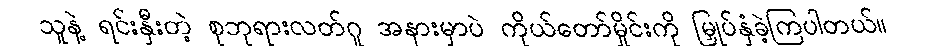
သူနဲ့ ရင်းနှီးတဲ့ စုဘုရားလတ်ဂူ အနားမှာပဲ ကိုယ်တော်မှိုင်းကို မြှုပ်နှံခဲ့ကြပါတယ်။